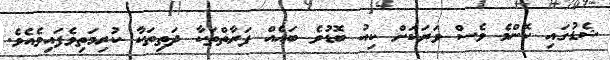
ޝެޑުގައި ކޮންމެ ވެސް ވަރަކަށް ކިއު ބޮޑުވެ ބައެއް ފަރާތްތަކާ ދަތިތަކާ ކުރިމަތިވެފައިވެއެވެ.